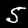
Digit: 5